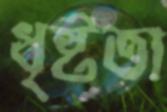
ধৃষ্টতা